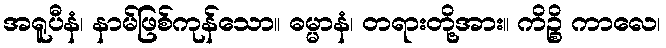
အရူပီနံ၊ နာမ်ဖြစ်ကုန်သော။ ဓမ္မာနံ၊ တရားတို့အား။ ကိဉ္စိ ကာလေ၊